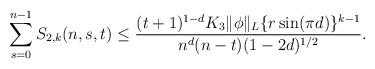
LaTeX: \begin{align*}\sum_{s=0}^{n-1} S_{2,k}(n,s,t) \leq \frac{(t+1)^{1-d} K_3 \|\phi\|_L \{ r\sin(\pi d)\}^{k-1}}{n^d (n-t) (1-2d)^{1/2}}.\end{align*}